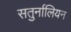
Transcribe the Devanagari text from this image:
सतुर्नालियन